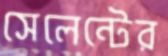
সেলেন্টের